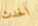
الحدث